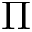
\Pi